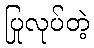
ပြုလုပ်တဲ့